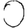
Digit: 0